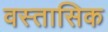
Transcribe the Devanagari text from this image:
वस्तासिक